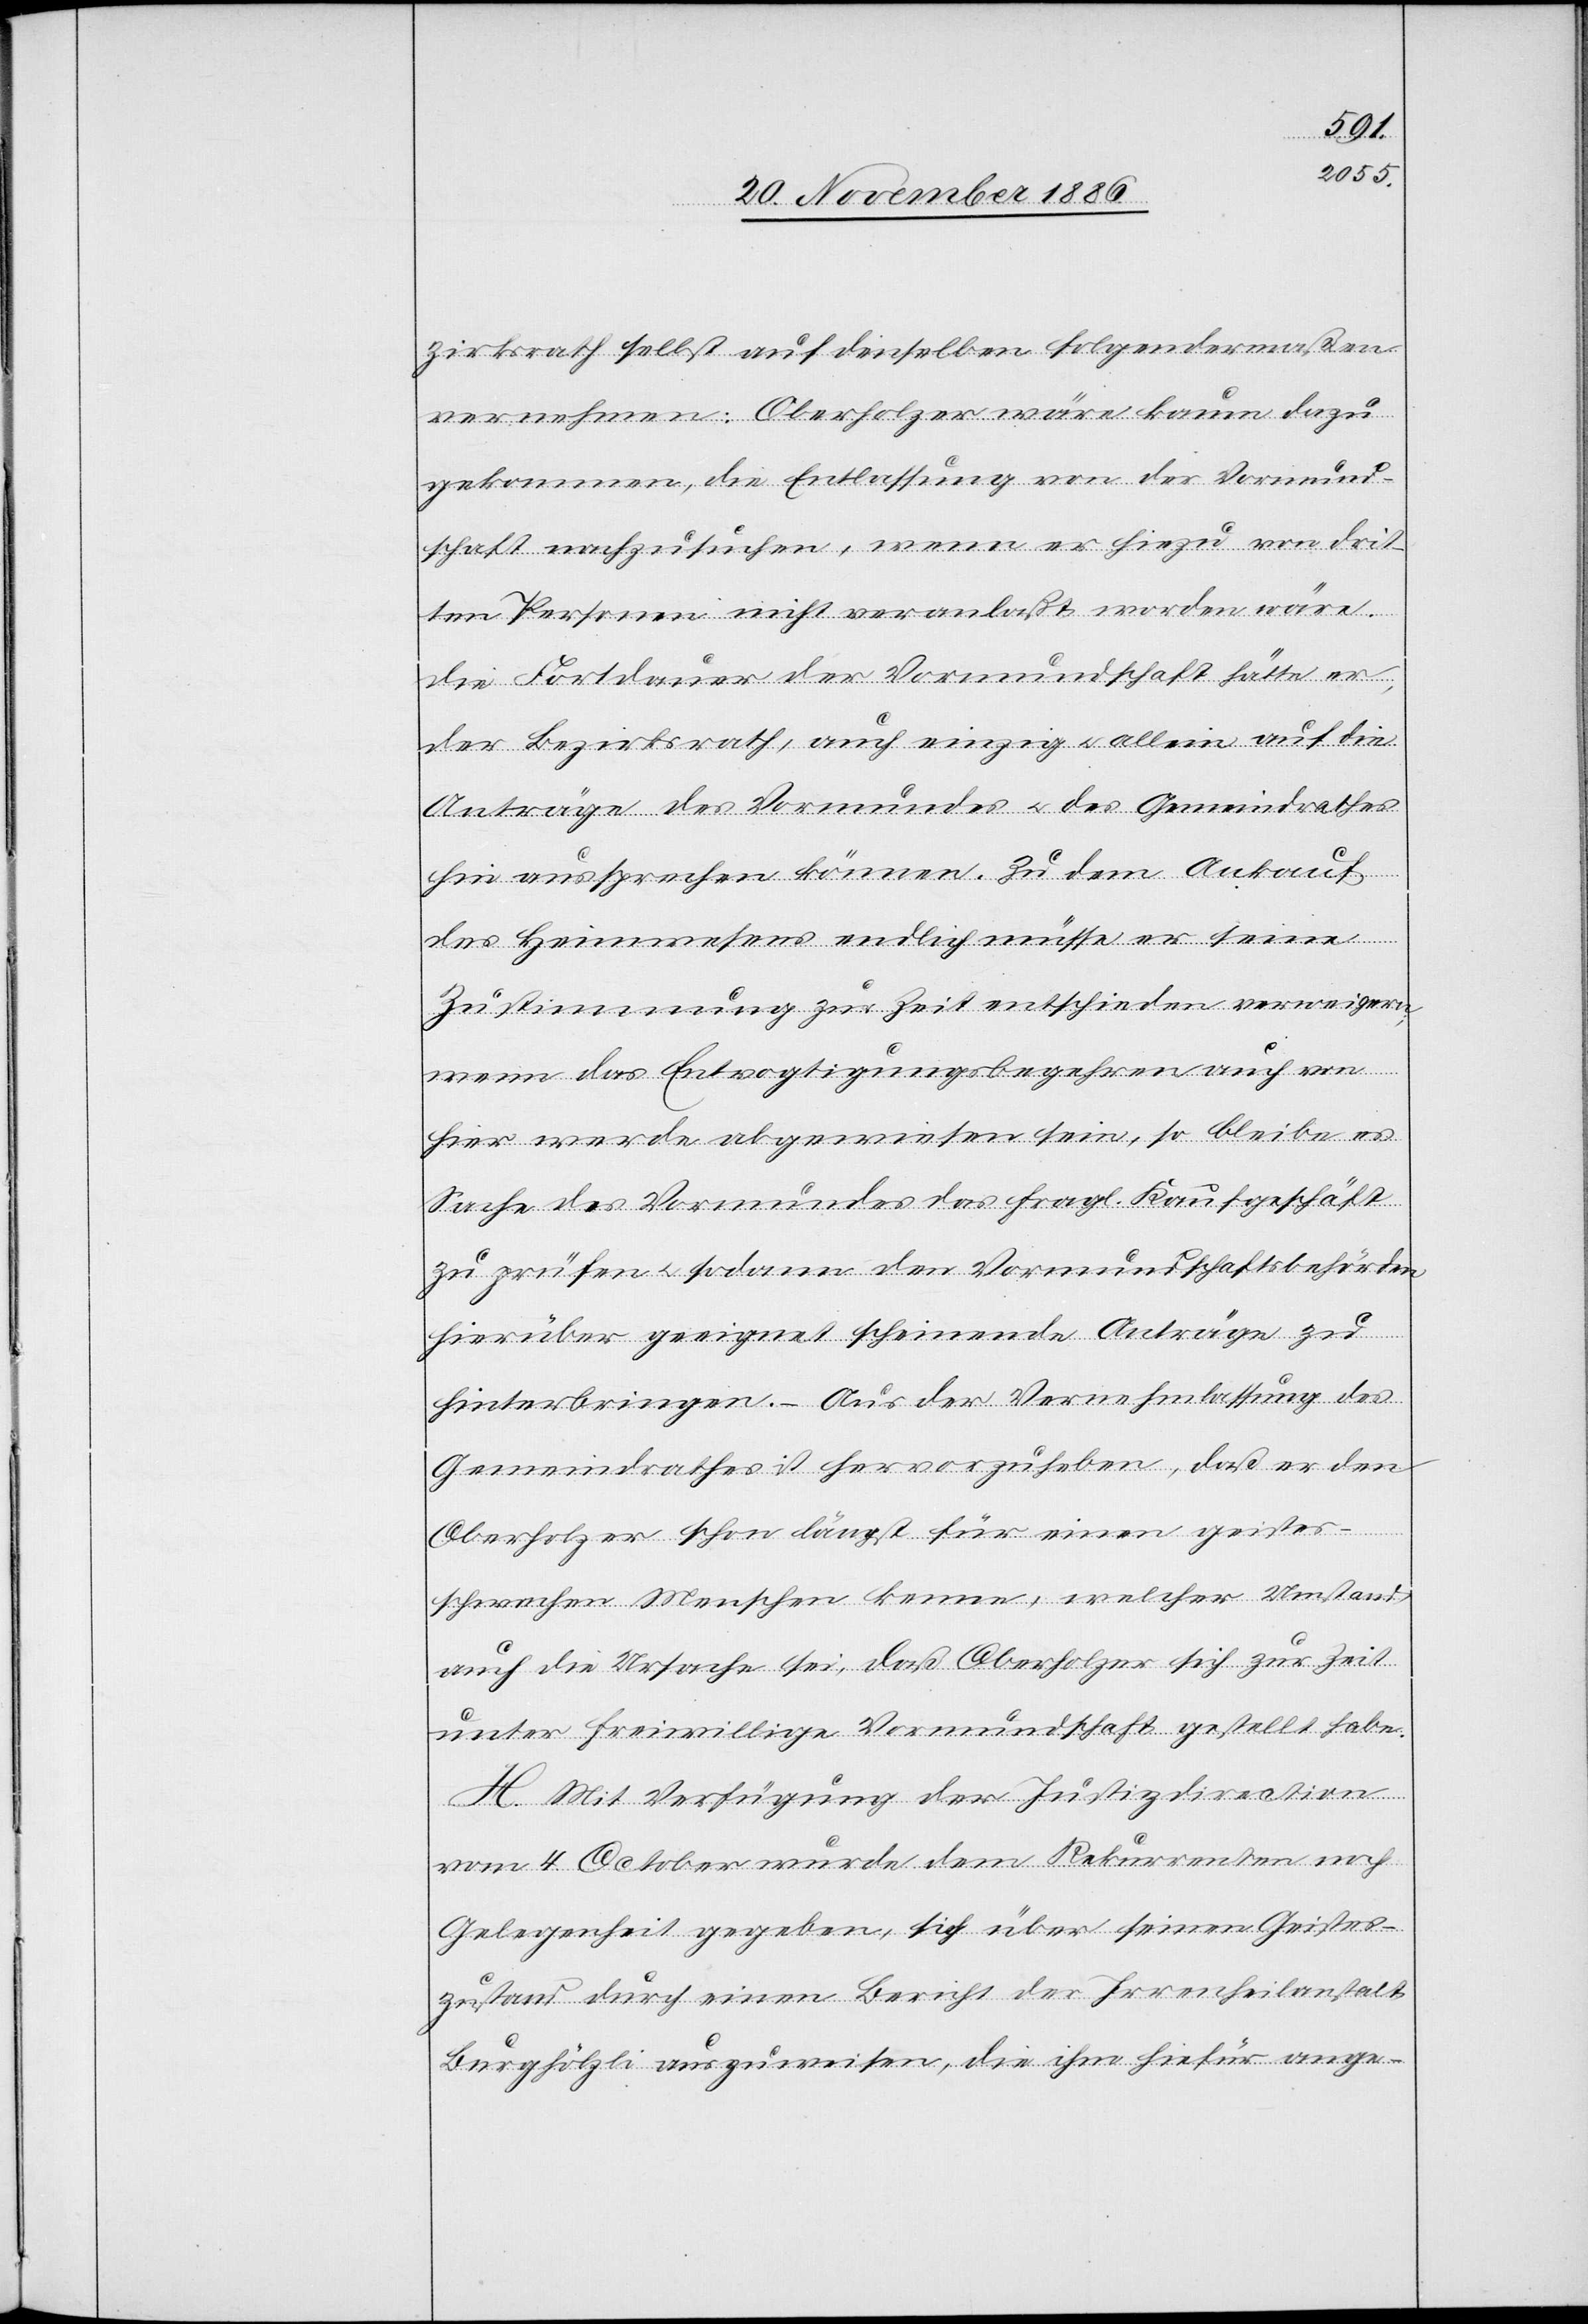
zirksrath selbst auf denselben folgendermaßen
vernehmen: Oberholzer wäre kaum dazu
gekommen, die Entlassung von der Vormund¬
schaft nachzusuchen, wenn er hiezu von drit¬
ten Personen nicht veranlaßt worden wäre.
Die Fortdauer der Vormundschaft hätte er,
der Bezirksrath, auch einzig & allein auf die
Anträge des Vormundes & des Gemeindrathes
hin aussprechen können. Zu dem Ankauf
des Heimwesens endlich müsse er seine
Zustimmung zur Zeit entschieden verweigern;
wenn das Entvogtigungsbegehren auch von
hier werde abgewiesen sein, so bleibe es
Sache des Vormundes das fragl. Kaufgeschäft
zu prüfen & sodann den Vormundschaftsbehörden
hierüber geeignet scheinende Anträge zu
hinterbringen. – Aus der Vernehmlassung des
Gemeindrathes ist hervorzuheben, daß er den
Oberholzer schon längst für einen geistes¬
schwachen Menschen kenne, welcher Umstand
auch die Ursache sei, daß Oberholzer sich zur Zeit
unter freiwillige Vormundschaft gestellt habe.
H. Mit Verfügung der Justizdirection
vom 4. October wurde dem Rekurrenten noch
Gelegenheit gegeben, sich über seinen Geistes¬
zustand durch einen Bericht der Irrenheilanstalt
Burghölzli auszuweisen, die ihm hiefür ange-